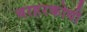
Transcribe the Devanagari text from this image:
बरहरकोथी